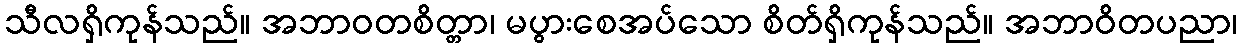
သီလရှိကုန်သည်။ အဘာဝတစိတ္တာ၊ မပွားစေအပ်သော စိတ်ရှိကုန်သည်။ အဘာဝိတပညာ၊